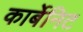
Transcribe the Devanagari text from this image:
कार्बेनिट